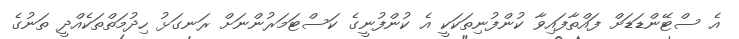
އެ ސްޓޭންޑަޑަށް ފައްތާފައިވާ ކުންފުނިތަކަކީ އެ ކުންފުނީގެ ކަސްޓަމަރުންނަށް ރަނގަޅު ހިދުމަތްތަކެއްދީ ތަނުގެ